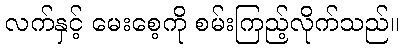
လက်နှင့် မေးစေ့ကို စမ်းကြည့်လိုက်သည်။